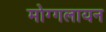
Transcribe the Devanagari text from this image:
मोग्गलायन